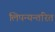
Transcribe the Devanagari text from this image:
लिपन्यन्तरित